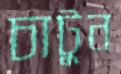
চাটুন